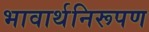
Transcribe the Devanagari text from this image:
भावार्थनिरूपण